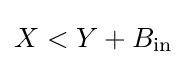
X<Y+B_{\text{in}}